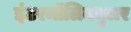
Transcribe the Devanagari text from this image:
इंटरमॉलिक्युलर